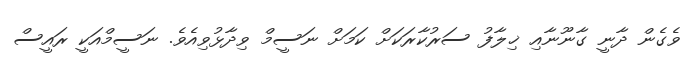
ވެގެން ދާނީ ގާނޫނާއި ޚިލާފު ސަރުކާރަކަށް ކަމަށް ނަސީމް ވިދާޅުވިއެވެ. ނަސީމްއަކީ ރައީސް